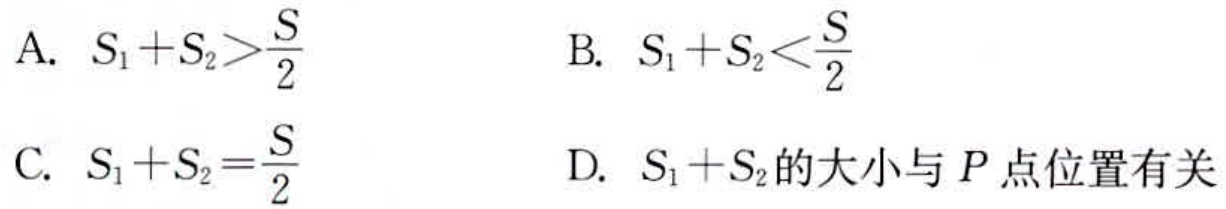
A. \(S_{1}+S_{2}>\frac{S}{2}\)
B. \(S_{1}+S_{2}<\frac{S}{2}\)
C. \(S_{1}+S_{2}=\frac{S}{2}\)
D. \(S_{1}+S_{2}\)的大小与\(P\)点位置有关